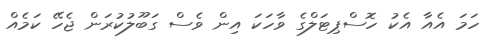
ހަމަ އެއާ އެކު ހޮސްޕިޓަލްގެ ވާހަކަ އިން ވެސް ގަބޫލުކުރަން ޖެހޭ ކަމެެއް